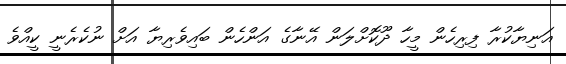
އަނިޔާކުރާ ފިރިހެން މީހާ ދޫކޮށްލަން އޭނާގެ އަންހެން ބައިވެރިޔާ އަށް ނުކެރެނީ ކީއްވެ